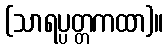
(သာရပ္ပတ္တကထာ)။